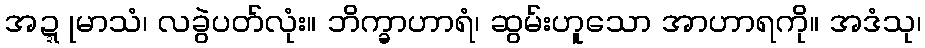
အဍ္ဍုမာသံ၊ လခွဲပတ်လုံး။ ဘိက္ခာဟာရံ၊ ဆွမ်းဟူသော အာဟာရကို။ အဒံသု၊